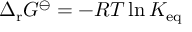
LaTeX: \Delta _ { \mathrm { r } } G ^ { \ominus } = - R T \ln K _ { \mathrm { e q } }